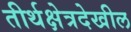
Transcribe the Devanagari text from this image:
तीर्थक्षेत्रदेखील